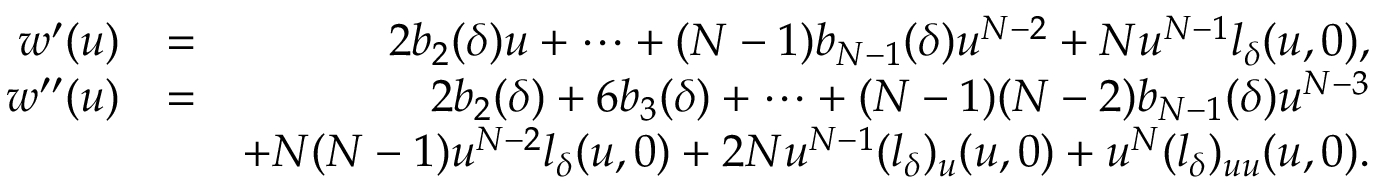
\begin{array} { r l r } { w ^ { \prime } ( u ) } & { = } & { 2 b _ { 2 } ( \delta ) u + \cdots + ( N - 1 ) b _ { N - 1 } ( \delta ) u ^ { N - 2 } + N u ^ { N - 1 } l _ { \delta } ( u , 0 ) , } \\ { w ^ { \prime \prime } ( u ) } & { = } & { 2 b _ { 2 } ( \delta ) + 6 b _ { 3 } ( \delta ) + \cdots + ( N - 1 ) ( N - 2 ) b _ { N - 1 } ( \delta ) u ^ { N - 3 } } \\ & { } & { + N ( N - 1 ) u ^ { N - 2 } l _ { \delta } ( u , 0 ) + 2 N u ^ { N - 1 } ( l _ { \delta } ) _ { u } ( u , 0 ) + u ^ { N } ( l _ { \delta } ) _ { u u } ( u , 0 ) . } \end{array}